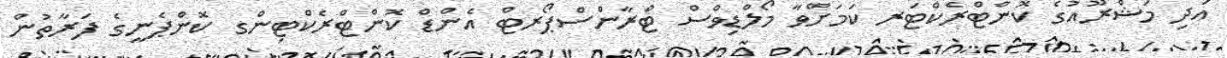
އަދި މަޝްރޫއުގެ ކޮންޓްރެކްޓަރ ކަމަށްވާ މޯލްޑިވްސް ޓްރާންސްޕޯރޓް އެންޑް ކޮންޓްރެކްޓިންގ ކޮންޕެނީގެ ފަރާތުން